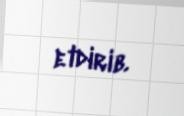
etdirib.